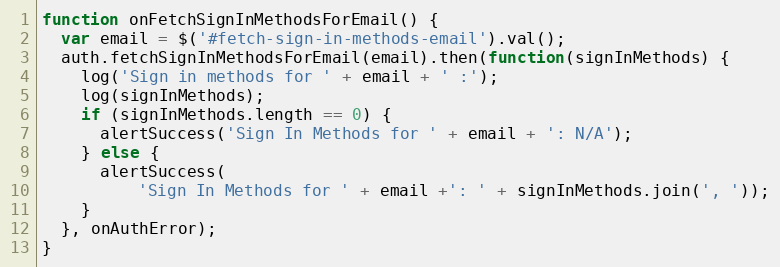
Language: JavaScript
function onFetchSignInMethodsForEmail() {
  var email = $('#fetch-sign-in-methods-email').val();
  auth.fetchSignInMethodsForEmail(email).then(function(signInMethods) {
    log('Sign in methods for ' + email + ' :');
    log(signInMethods);
    if (signInMethods.length == 0) {
      alertSuccess('Sign In Methods for ' + email + ': N/A');
    } else {
      alertSuccess(
          'Sign In Methods for ' + email +': ' + signInMethods.join(', '));
    }
  }, onAuthError);
}